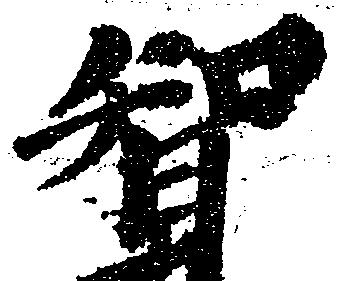
智